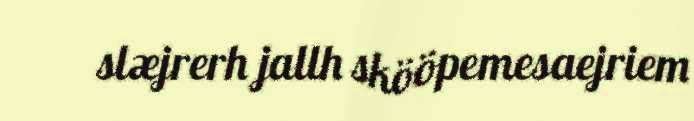
slæjrerh jallh skööpemesaejriem